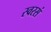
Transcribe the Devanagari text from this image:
स्वरसं